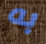
به